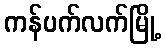
ကန်ပက်လက်မြို့